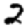
Digit: 2